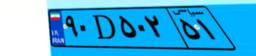
۷۷D۴۴۶۰۷